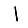
Digit: 1